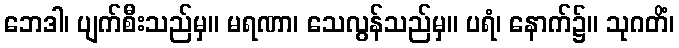
ဘေဒါ၊ ပျက်စီးသည်မှ။ မရဏာ၊ သေလွန်သည်မှ။ ပရံ၊ နောက်၌။ သုဂတိံ၊